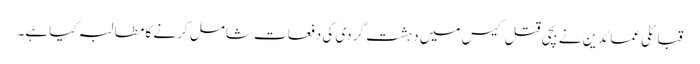
قبائلی عمائدین نے بچی قتل کیس میں دہشت گردی کی دفعات شامل کرنے کا مطالبہ کیا ہے۔